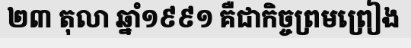
២៣ តុលា ឆ្នាំ១៩៩១ គឺជាកិច្ចព្រមព្រៀង